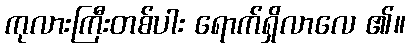
ကုလားကြီးတစ်ပါး ရောက်ရှိလာလေ ၏။